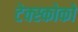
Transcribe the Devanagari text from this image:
टेक्स्कोको